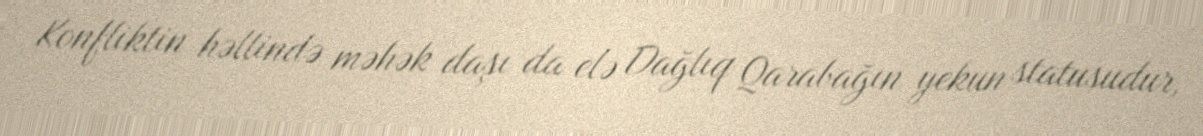
Konfliktin həllində məhək daşı da elə Dağlıq Qarabağın yekun statusudur,